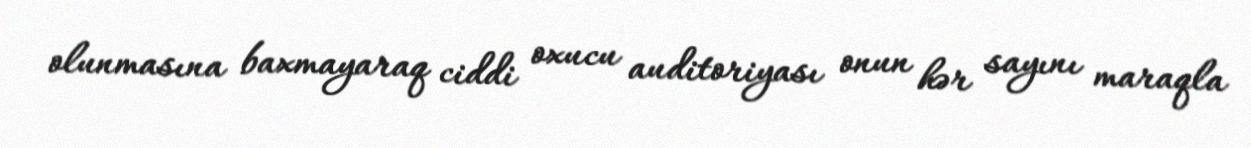
olunmasına baxmayaraq ciddi oxucu auditoriyası onun hər sayını maraqla